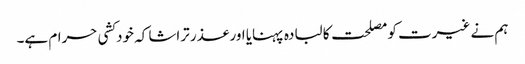
ہم نے غیرت کو مصلحت کا لبادہ پہنایا اور عذر تراشا کہ خودکشی حرام ہے۔